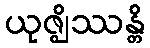
ယုဇ္ဈိဿန္တိ